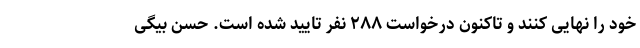
خود را نهایی کنند و تاکنون درخواست ٢٨٨ نفر تایید شده است. حسن بیگی